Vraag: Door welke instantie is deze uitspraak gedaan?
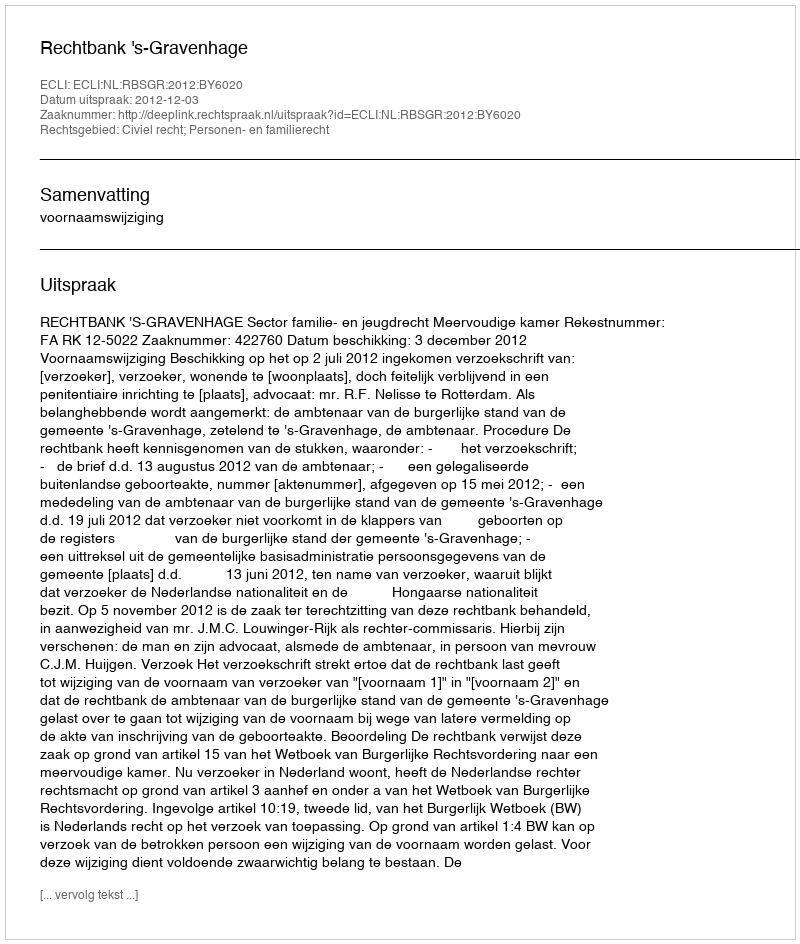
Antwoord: Rechtbank 's-Gravenhage